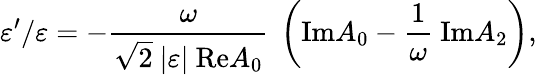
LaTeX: \varepsilon^{\prime}/\varepsilon=-{\frac{\omega}{\sqrt{2}~\vert\varepsilon\vert~\mathrm{Re}A_{0}}}~\left(\mathrm{Im}A_{0}-{\frac{1}{\omega}}~\mathrm{Im}A_{2}\right),